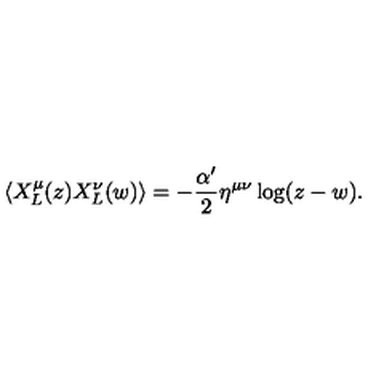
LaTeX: \left\langle X _ { L } ^ { \mu } ( z ) X _ { L } ^ { \nu } ( w ) \right\rangle = - \frac { \alpha ^ { \prime } } { 2 } \eta ^ { \mu \nu } \log ( z - w ) .